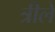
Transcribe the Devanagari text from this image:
त्रीले